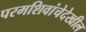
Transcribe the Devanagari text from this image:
परमशिवांचेदेखील